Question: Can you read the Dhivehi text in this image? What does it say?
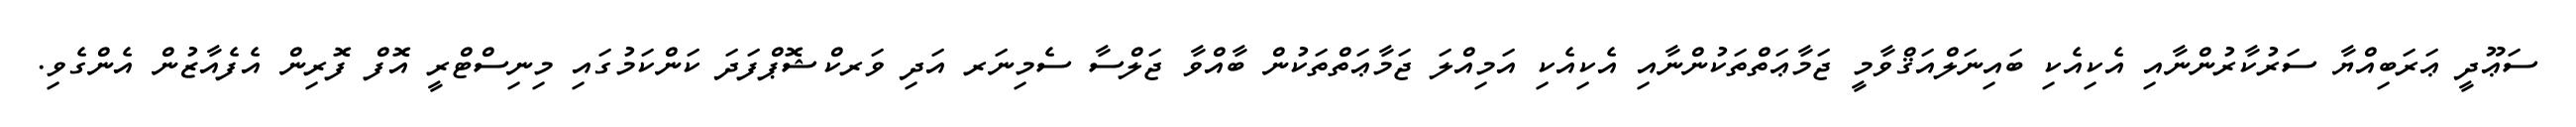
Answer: ސަޢޫދީ ޢަރަބިއްޔާ ސަރުކާރުންނާއި އެކިއެކި ބައިނަލްއަޤްވާމީ ޖަމާޢަތްތަކުންނާއި އެކިއެކި އަމިއްލަ ޖަމާޢަތްތަކުން ބާއްވާ ޖަލްސާ ސެމިނަރ އަދި ވަރކްޝޮޕްފަދަ ކަންކަމުގައި މިނިސްޓްރީ އޮފް ފޮރިން އެފެއާޒުން އެންގެވި.